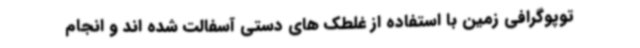
توپوگرافی زمین با استفاده از غلطک های دستی آسفالت شده اند و انجام